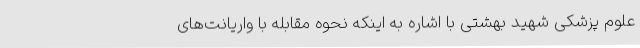
علوم پزشکی شهید بهشتی با اشاره به اینکه نحوه مقابله با واریانت‌های